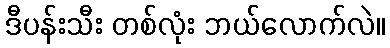
ဒီပန်းသီး တစ်လုံး ဘယ်လောက်လဲ။